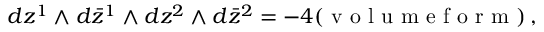
d z ^ { 1 } \wedge d \bar { z } ^ { 1 } \wedge d z ^ { 2 } \wedge d \bar { z } ^ { 2 } = - 4 ( \textrm { v o l u m e f o r m } ) \, ,